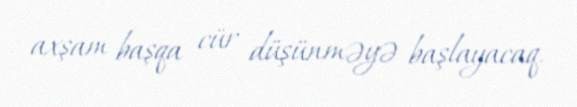
axşam başqa cür düşünməyə başlayacaq.